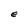
Character: e